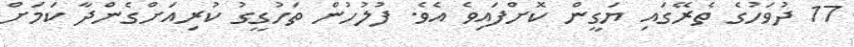
17 ދުވަހުގެ ތެރޭގައި ޔަގީން ކޮށްފައިވެ އެވެ. ފުލުހުން ތަހުގީގު ކުރިއަށްގެންދާ ކަމަށް